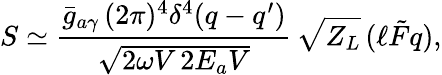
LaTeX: S\simeq\frac{\bar{g}_{a\gamma}\, (2\pi)^{4}\delta^{4}(q-q^{\prime})}{\sqrt{2\omega V\, 2E_{a}V}}\, \sqrt{Z_{L}}\, (\ell\tilde{F}q),